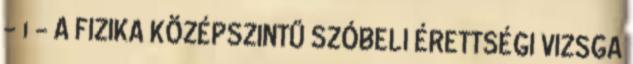
- 1 - A FIZIKA KÖZÉPSZINTŰ SZÓBELI ÉRETTSÉGI VIZSGA